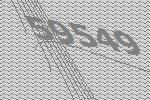
59549